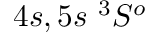
4 s , 5 s ~ { ^ 3 S ^ { o } }